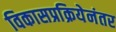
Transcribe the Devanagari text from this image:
विकासप्रक्रियेनंतर